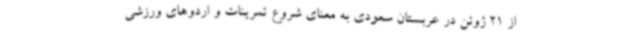
از 21 ژوئن در عربستان سعودی به معنای شروع تمرینات و اردوهای ورزشی